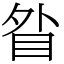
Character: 䀤